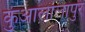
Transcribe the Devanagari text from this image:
कुआलालांपुर